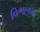
વિભાગમા